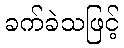
ခက်ခဲသဖြင့်